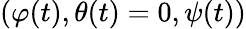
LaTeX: (\varphi(t),\theta(t)=0,\psi(t))